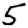
Digit: 5